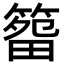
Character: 𥰷